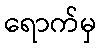
ရောက်မှ